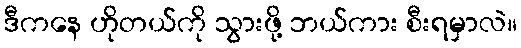
ဒီကနေ ဟိုတယ်ကို သွားဖို့ ဘယ်ကား စီးရမှာလဲ။